Report on vaccination proceedings throughout the Government of Bengal -
Year: 1868
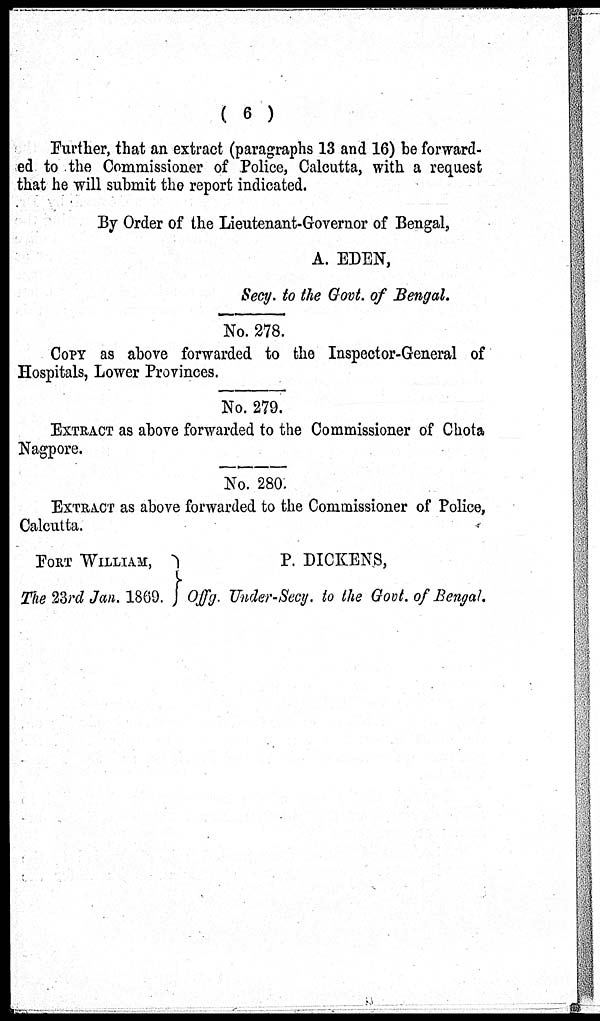
( 6 )
Further, that an extract (paragraphs 13 and 16) be forward-
ed to the Commissioner of Police, Calcutta, with a request
that he will submit the report indicated.
By Order of the Lieutenant-Governor of Bengal,
A. EDEN,
Secy. to the Govt of Bengal.
No. 278.
COPY as above forwarded to the Inspector-General of
Hospitals, Lower Provinces.
No. 279.
EXTRACT as above forwarded to the Commissioner of Chota
Nagpore.
No. 280.
EXTRACT as above forwarded to the Commissioner of Police,
Calcutta.
FORT WILLIAM,
The 23rd Jan. 1869.
P. DICKENS,
Offg. Under-Secy. to the Govt. of Bengal.